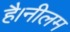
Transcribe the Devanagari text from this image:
है।नीलम